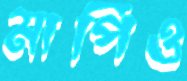
মাপিও